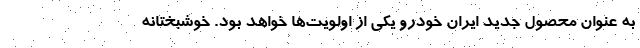
به عنوان محصول جدید ایران خودرو یکی از اولویت‌ها خواهد بود. خوشبختانه